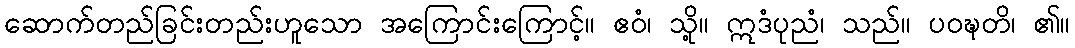
ဆောက်တည်ခြင်းတည်းဟူသော အကြောင်းကြောင့်။ ဧဝံ၊ သို့။ ဣဒံပုညံ၊ သည်။ ပဝဍ္ဎတိ၊ ၏။